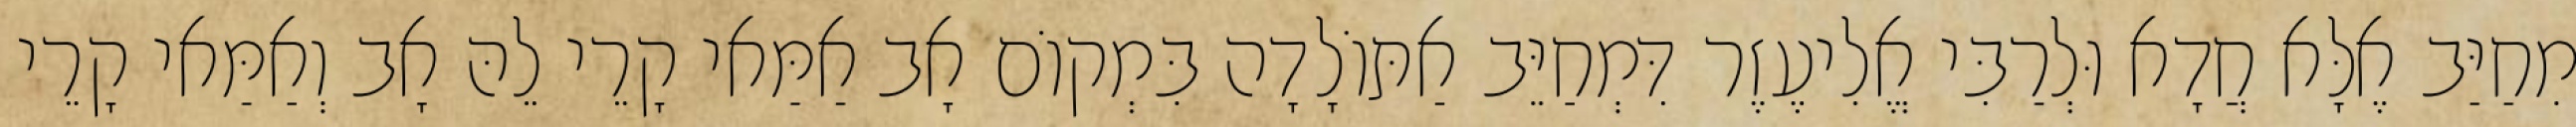
מִחַיַּב אֶלָּא חֲדָא וּלְרַבִּי אֱלִיעֶזֶר דִּמְחַיֵּב אַתּוֹלָדָה בִּמְקוֹם אָב אַמַּאי קָרֵי לֵהּ אָב וְאַמַּאי קָרֵי